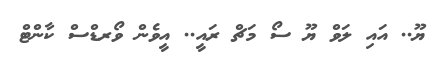
ޔޫ.. އައި ލަވް ޔޫ ސޯ މަޗް ރައީ.. އީވެން ވޯރޑްސް ކާންޓް